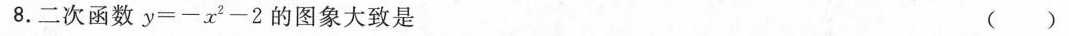
8.二次函数$$y = - x ^{ 2 } - 2$$的图象大致是( )